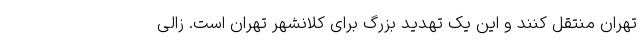
تهران منتقل کنند و این یک تهدید بزرگ برای کلانشهر تهران است. زالی